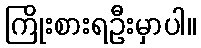
ကြိုးစားရဦးမှာပါ။